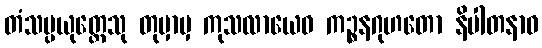
တံသမ္ပယုတ္တေသု တုမှာမှ ကုသလာယေဝ ကဉ္စနဂုဟတော နိပါတနာဝ